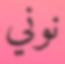
نوني